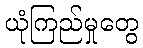
ယုံကြည်မှုတွေ